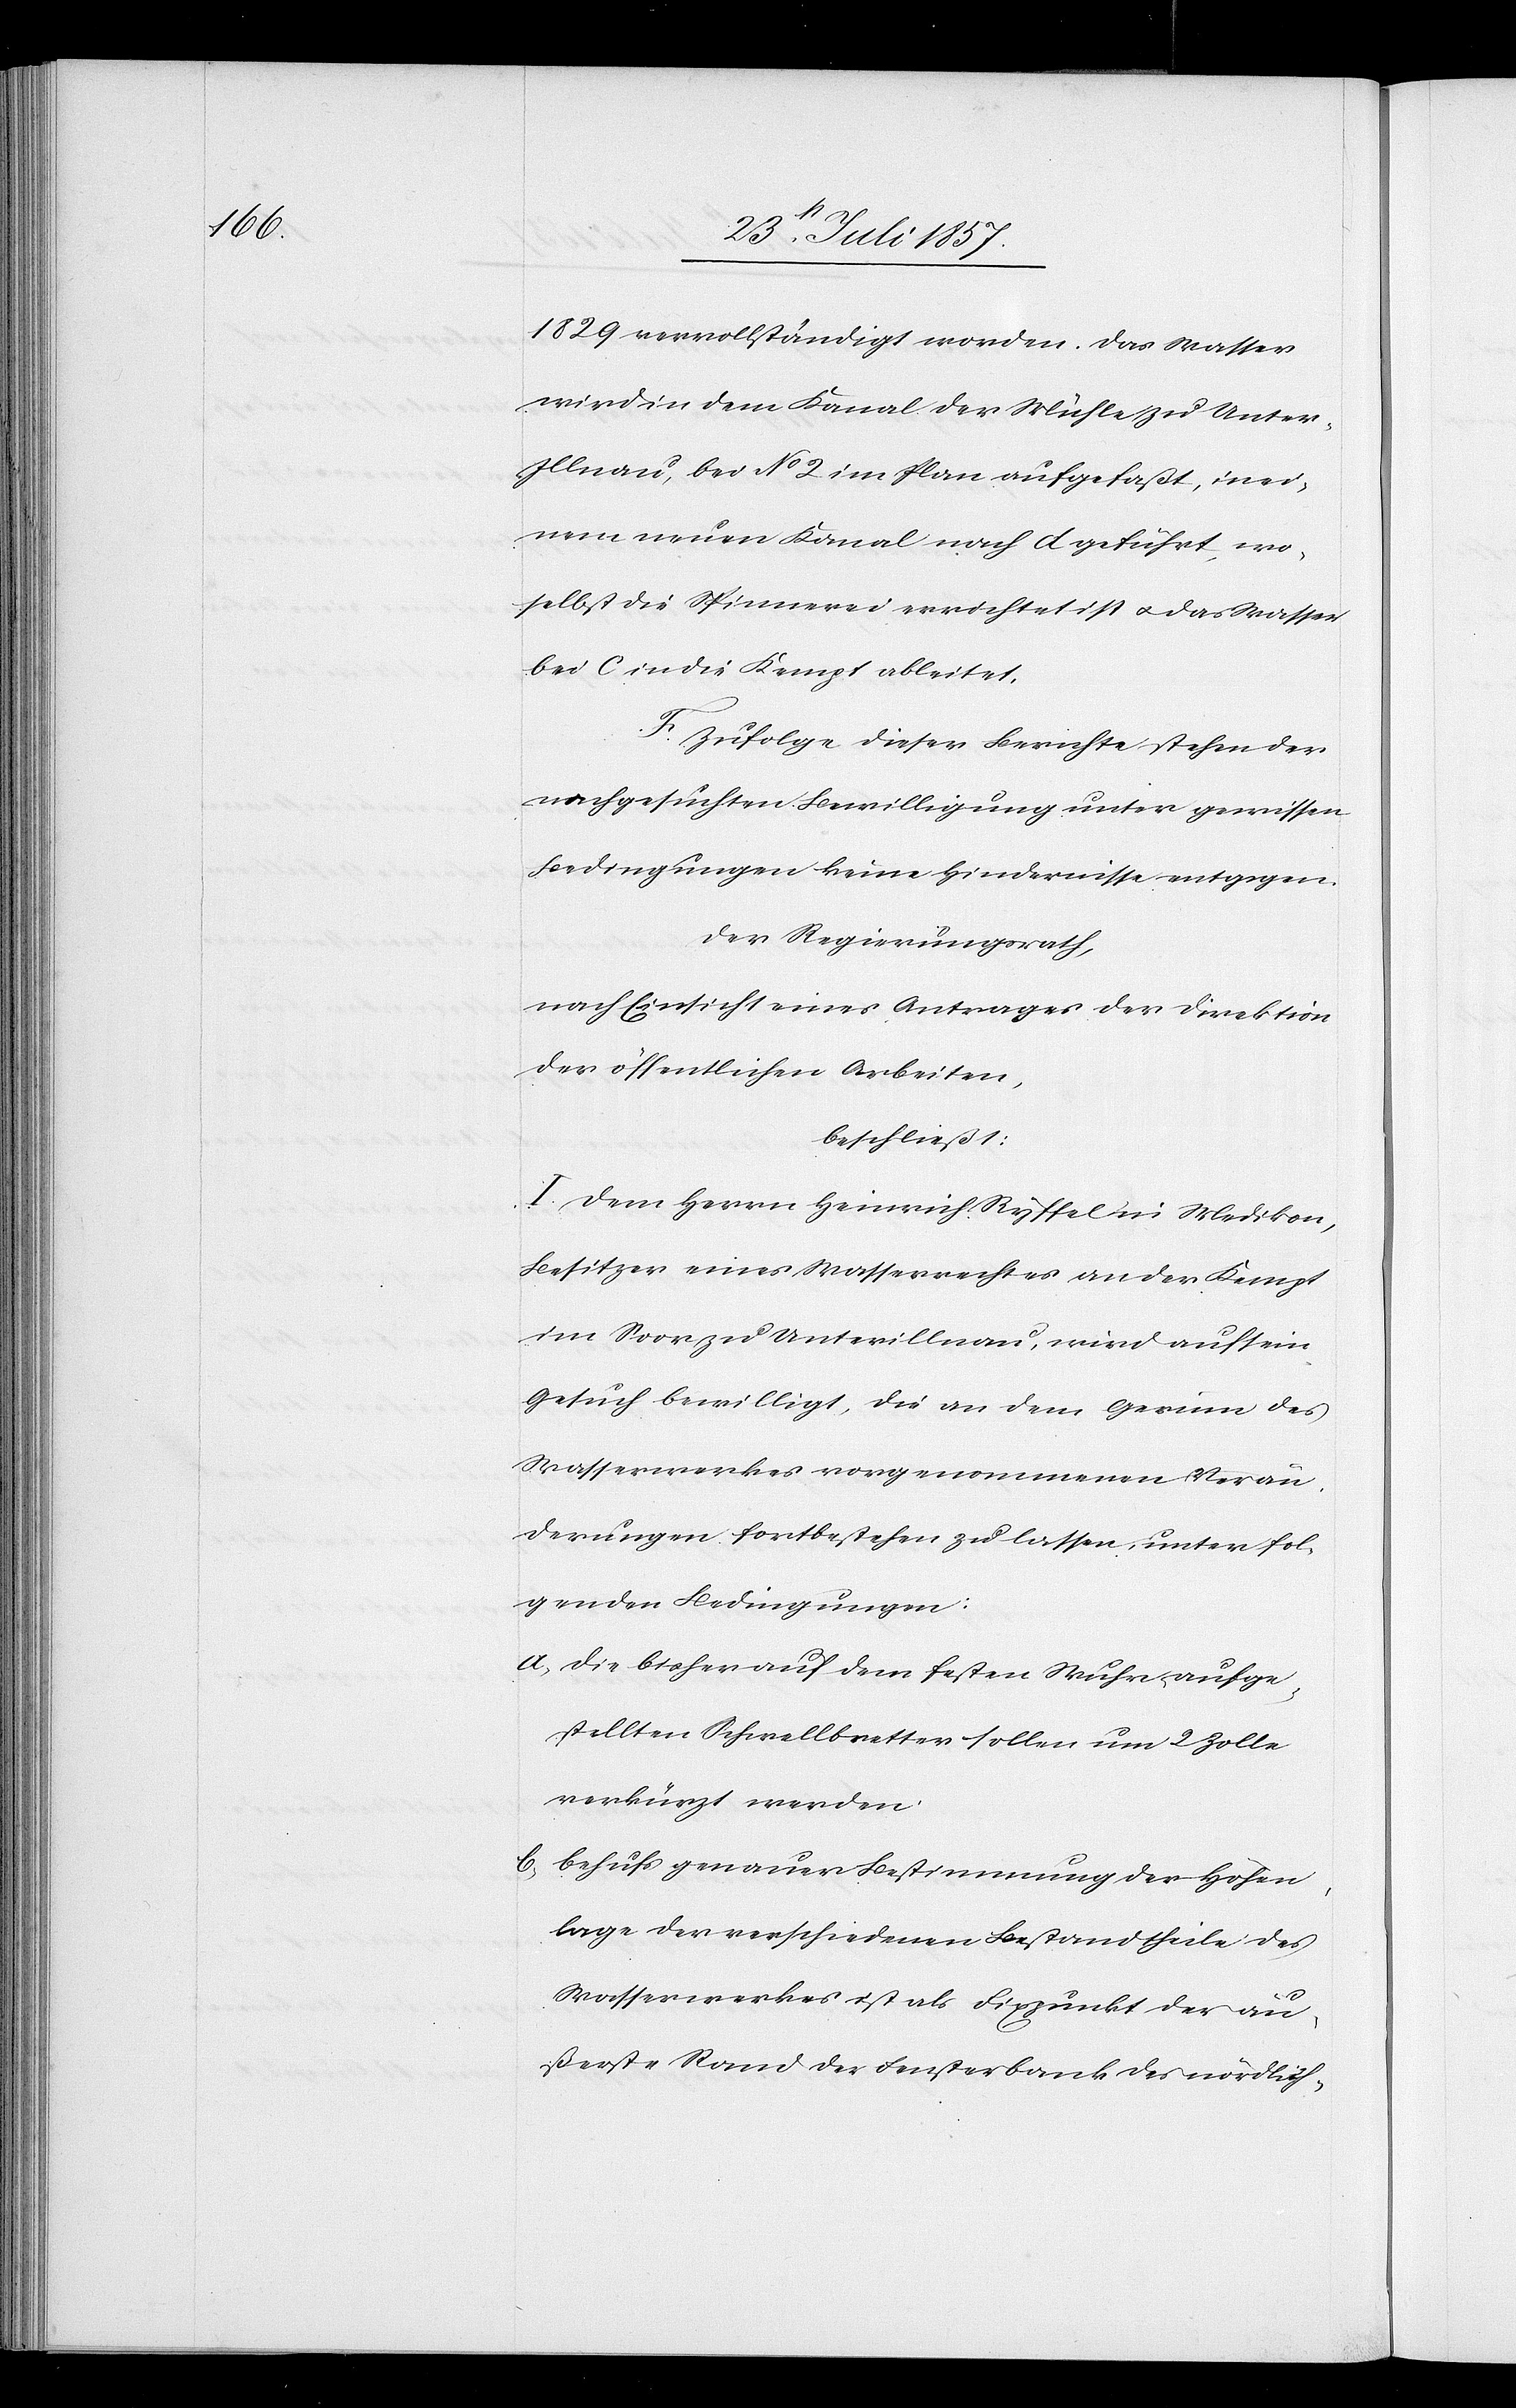
1829 vervollständigt worden. Das Wasser
wird in dem Kanal der Mühle zu Unte¬
r-Illnau, bei No 2 im Plan aufgefaßt, in ei¬
nem neuen Kanal nach d geführt, wo¬
selbst die Spinnerei errichtet ist & das Wasser
bei C in die Kempt ableitet.
F. Zufolge dieser Berichte stehen der
nachgeführten Bewilligung unter gewissen
Bedingungen keine Hindernisse entgegen.
Der Regierungsrath,
nach Einsicht eines Antrages der Direktion
der öffentlichen Arbeiten,
beschließt:
I. Dem Herrn Heinrich Ryffel in Medikon,
Besitzer eines Wasserrechtes an der Kempt
im Soor zu Unterillnau, wird auf sein
Gesuch bewilligt, die an dem Gerinn des
Wasserwerkes vorgenommenen Verän¬
derungen fortbestehen zu lassen, unter fol¬
genden Bedingungen:
a, die bisher auf dem festen Wuhr aufge¬
stellten Schwellbretter sollen um 2 Zolle
verkürzt werden.
b, behufs genauer Bestimmung der Höhen¬
lage der verschiedenen Bestandtheile des
Wasserwerkes ist als Fixpunkt der äu¬
ßerste Rand der Fensterbank des nördlich-